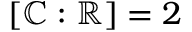
[ \mathbb { C } : \mathbb { R } ] = 2